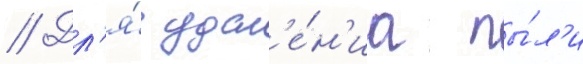
// Дл'я́ удал'е́н'иа пы́л'и